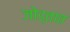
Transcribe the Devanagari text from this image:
जोड्तात